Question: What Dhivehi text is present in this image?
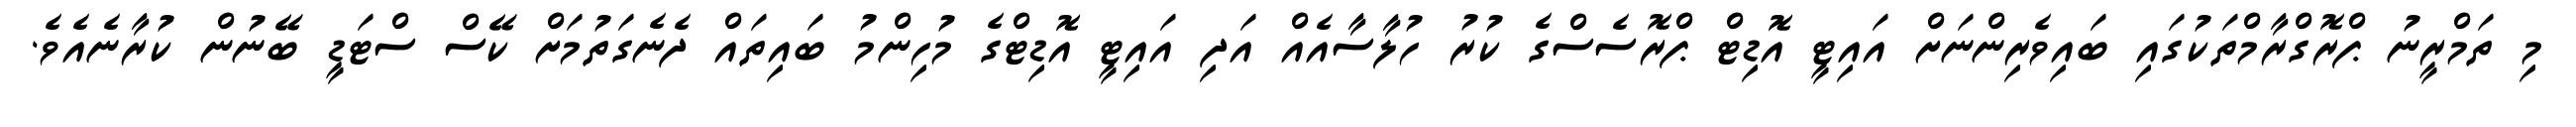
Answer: މި ތަމްރީނު ޕްރޮގްރާމްތަކުގައި ބައިވެރިންނަށް އައިޓީ އޮޑިޓް ޕްރޮސެސްގެ ކުރު ހުލާސާއެއް އަދި އައިޓީ އޮޑިޓްގެ މުހިންމު ބައިތައް ދެނެގަތުމަށް ކޭސް ސްޓަޑީ ބޭނުން ކުރާނެއެވެ.